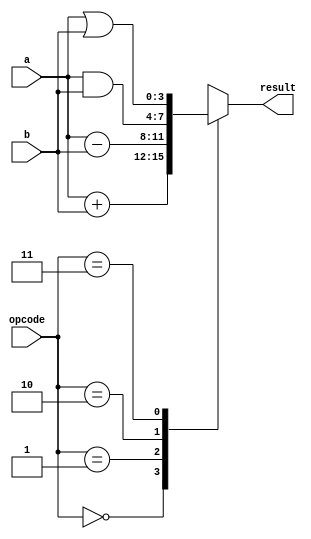
module ALU(input [3:0] a, b, input [1:0] opcode, output reg [3:0] result);
  always @(a or b or opcode) begin
    case (opcode)
      2'b00: result = a + b;    // Addition
      2'b01: result = a - b;    // Subtraction
      2'b10: result = a & b;    // Bitwise AND
      2'b11: result = a | b;    // Bitwise OR
    endcase
  end
endmodule